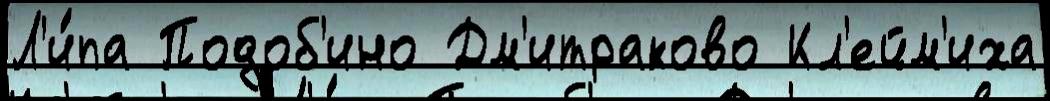
Л'и́па Подоб'ино Дм'итраково Кл'ейм'иха